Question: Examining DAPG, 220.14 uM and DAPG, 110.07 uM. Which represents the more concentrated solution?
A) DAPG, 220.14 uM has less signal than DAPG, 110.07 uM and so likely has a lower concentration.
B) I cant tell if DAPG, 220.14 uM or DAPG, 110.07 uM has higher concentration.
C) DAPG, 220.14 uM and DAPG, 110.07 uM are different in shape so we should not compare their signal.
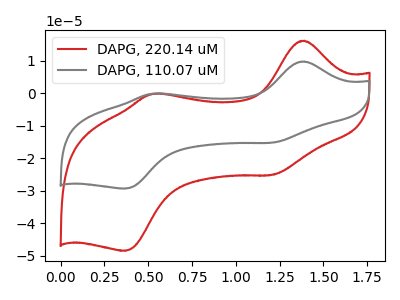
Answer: <think>The red curve "DAPG, 220.14 uM" has anodic peaks at (1.40V, 16.20uA) (0.55V, -0.15uA) and cathodic peaks at (1.20V, -25.15uA) (0.35V, -48.50uA). The gray curve "DAPG, 110.07 uM" has anodic peaks at (1.40V, 9.80uA) (0.55V, -0.10uA) and cathodic peaks at (1.20V, -15.20uA) (0.35V, -29.35uA).
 All the peaks in "DAPG, 220.14 uM" have a peak in "DAPG, 110.07 uM" at the same potential.</think>
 <answer>B) I cant tell if "DAPG, 220.14 uM" or "DAPG, 110.07 uM" has higher concentration.</answer>
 <eval>B</eval>